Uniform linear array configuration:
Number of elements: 48
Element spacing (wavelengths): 0.75
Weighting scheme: exponential
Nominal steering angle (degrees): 45
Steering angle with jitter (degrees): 45.375
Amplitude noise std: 0.05
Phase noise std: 0.05

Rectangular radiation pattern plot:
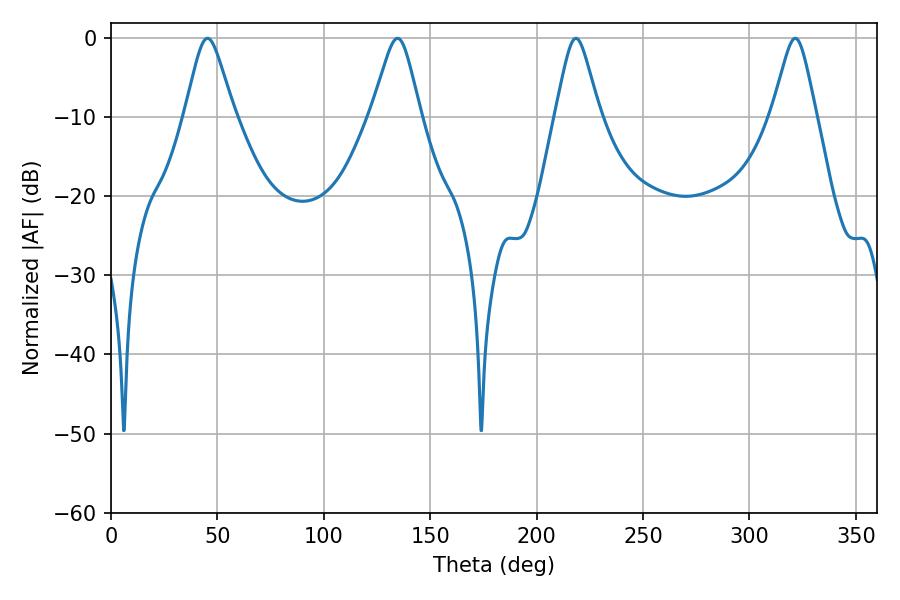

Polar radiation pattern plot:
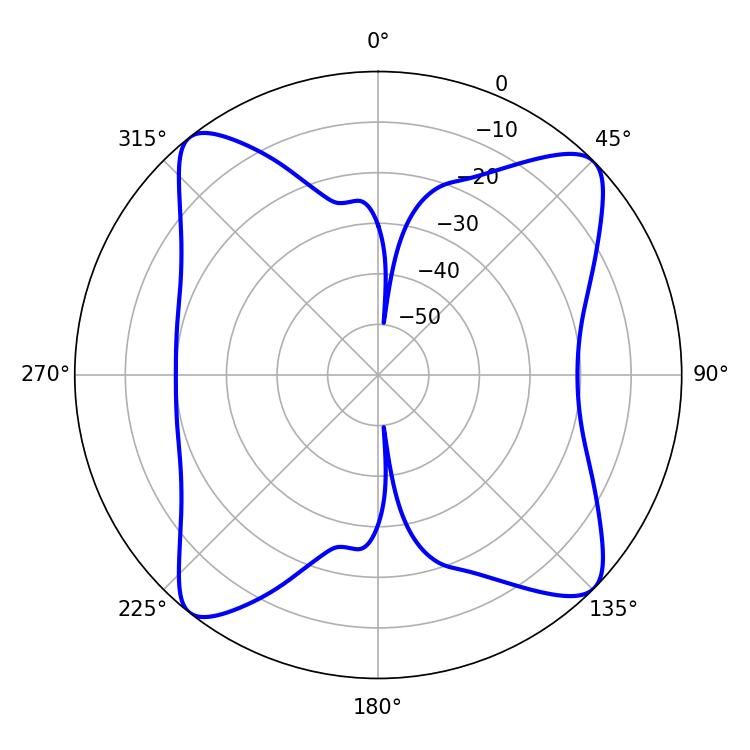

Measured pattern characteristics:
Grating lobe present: TRUE
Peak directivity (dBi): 14.661
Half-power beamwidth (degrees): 10.98
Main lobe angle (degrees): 45.36